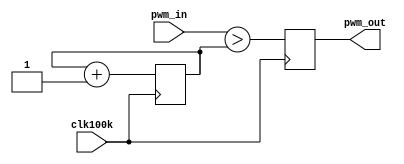
module pwm8bits(clk100k, pwm_in, pwm_out);

input clk100k; 
input [7:0] pwm_in; //entrada, valor a comparar
output pwm_out;// salida modulada en ancho de pulso

reg pwm_out; 
reg [7:0] rampa=8'b00_0000_0000_0000_0000; ///inicializa el contador
											//esta rampa tiene una frecuencia de 763Hz para el reloj de 50Mhz	
											
always @(posedge clk100k) 
	begin
		rampa <= rampa + 1'b1; ///aumenta el contador con cada flanco de clk100k "una rampa"
		pwm_out <= (pwm_in>rampa);///compara el valor de entrada "DC" con el contador "la rampa"
	end

endmodule